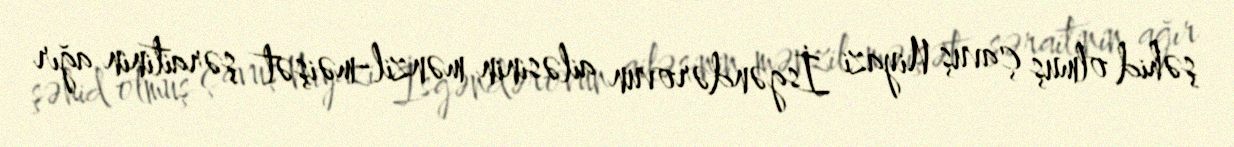
şəhid olmuş çavuş Niyazi İsgəndərovun ailəsinin mənzil-məişət şəraitinin ağır